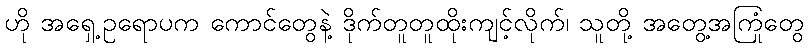
ဟို အရှေ့ဥရောပက ကောင်တွေနဲ့ ဒိုက်တူတူထိုးကျင့်လိုက်၊ သူတို့ အတွေ့အကြုံတွေ